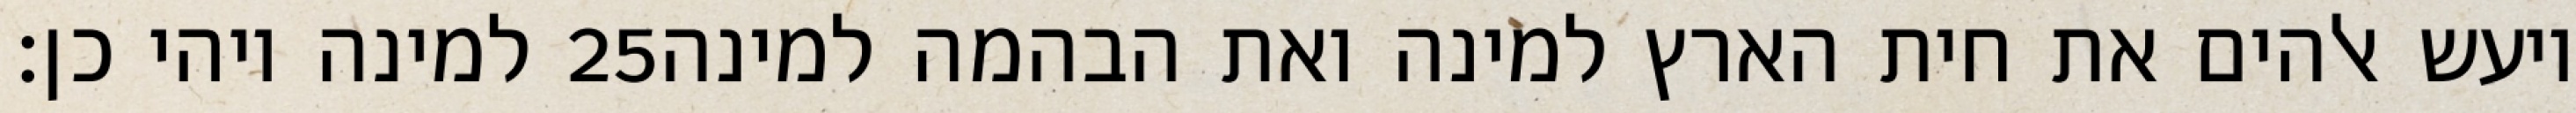
למינה ויהי כן׃ ‎25‏ ויעש אלהים את חית הארץ למינה ואת הבהמה למינה